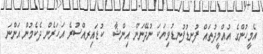
އެމީހުންގެ އުއްމީދުތައް ފުނޑުފުނޑުވިޔަކަ ނުދޭނަން އިންޝާ  ކުޑައިރއްސުރެ އަހަރެން ދެކެމުން އަންނަ